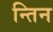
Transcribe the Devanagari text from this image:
न्तिन